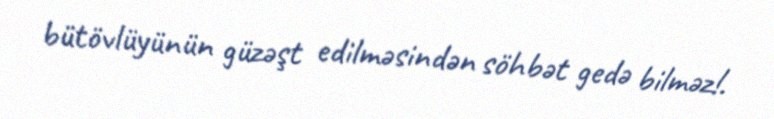
bütövlüyünün güzəşt edilməsindən söhbət gedə bilməz!.